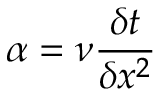
\alpha = \nu \frac { \delta t } { \delta x ^ { 2 } }